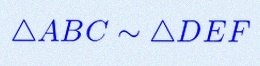
\triangle ABC\sim\triangle DEF